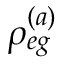
\rho _ { e g } ^ { ( a ) }